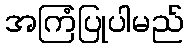
အကြံပြုပါမည်